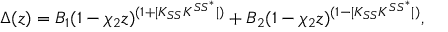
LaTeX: \Delta ( z ) = { \cal B } _ { 1 } ( 1 - \chi _ { 2 } z ) ^ { ( 1 + | K _ { S S } K ^ { S S ^ { * } } | ) } + { \cal B } _ { 2 } ( 1 - \chi _ { 2 } z ) ^ { ( 1 - | K _ { S S } K ^ { S S ^ { * } } | ) } ,